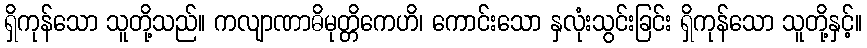
ရှိကုန်သော သူတို့သည်။ ကလျာဏာဓိမုတ္တိကေဟိ၊ ကောင်းသော နှလုံးသွင်းခြင်း ရှိကုန်သော သူတို့နှင့်။